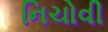
નિચોવી